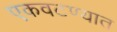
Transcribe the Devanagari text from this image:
एकवटण्यात